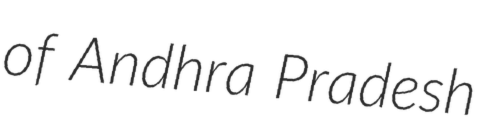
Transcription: of Andhra Pradesh